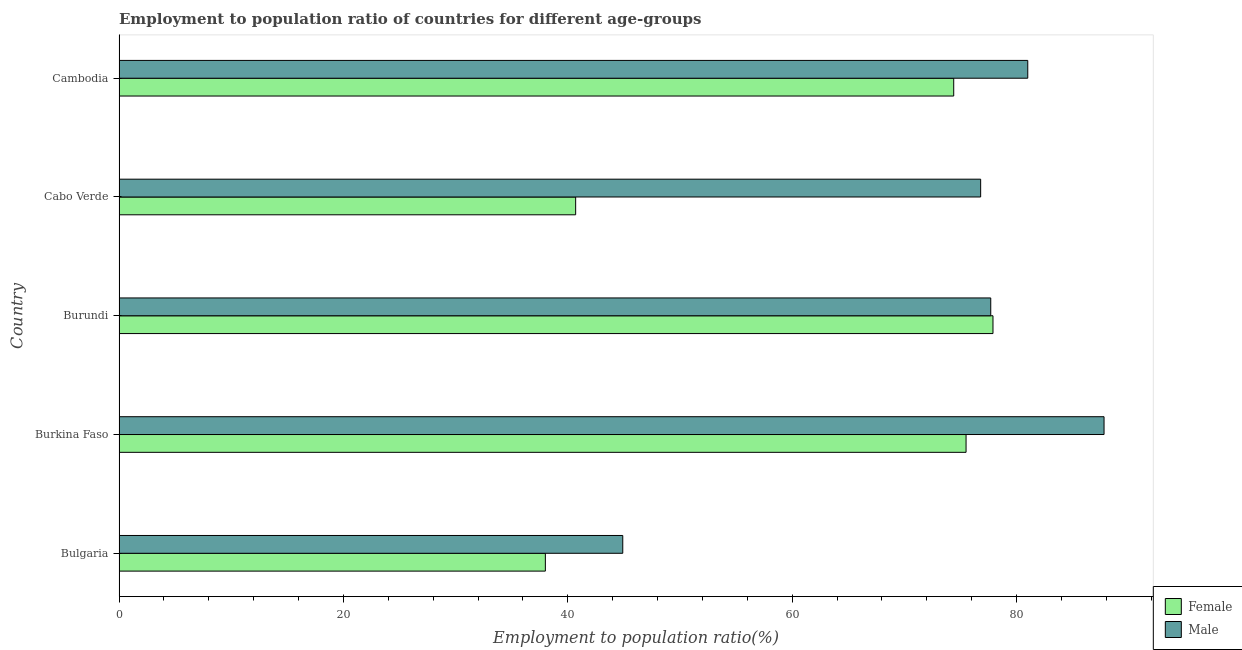
| Country | Female | Male |
 | --- | --- | --- |
 | Bulgaria | 38 | 44.9 |
 | Burkina Faso | 75.5 | 87.8 |
 | Burundi | 77.9 | 77.7 |
 | Cabo Verde | 40.7 | 76.8 |
 | Cambodia | 74.4 | 81 |